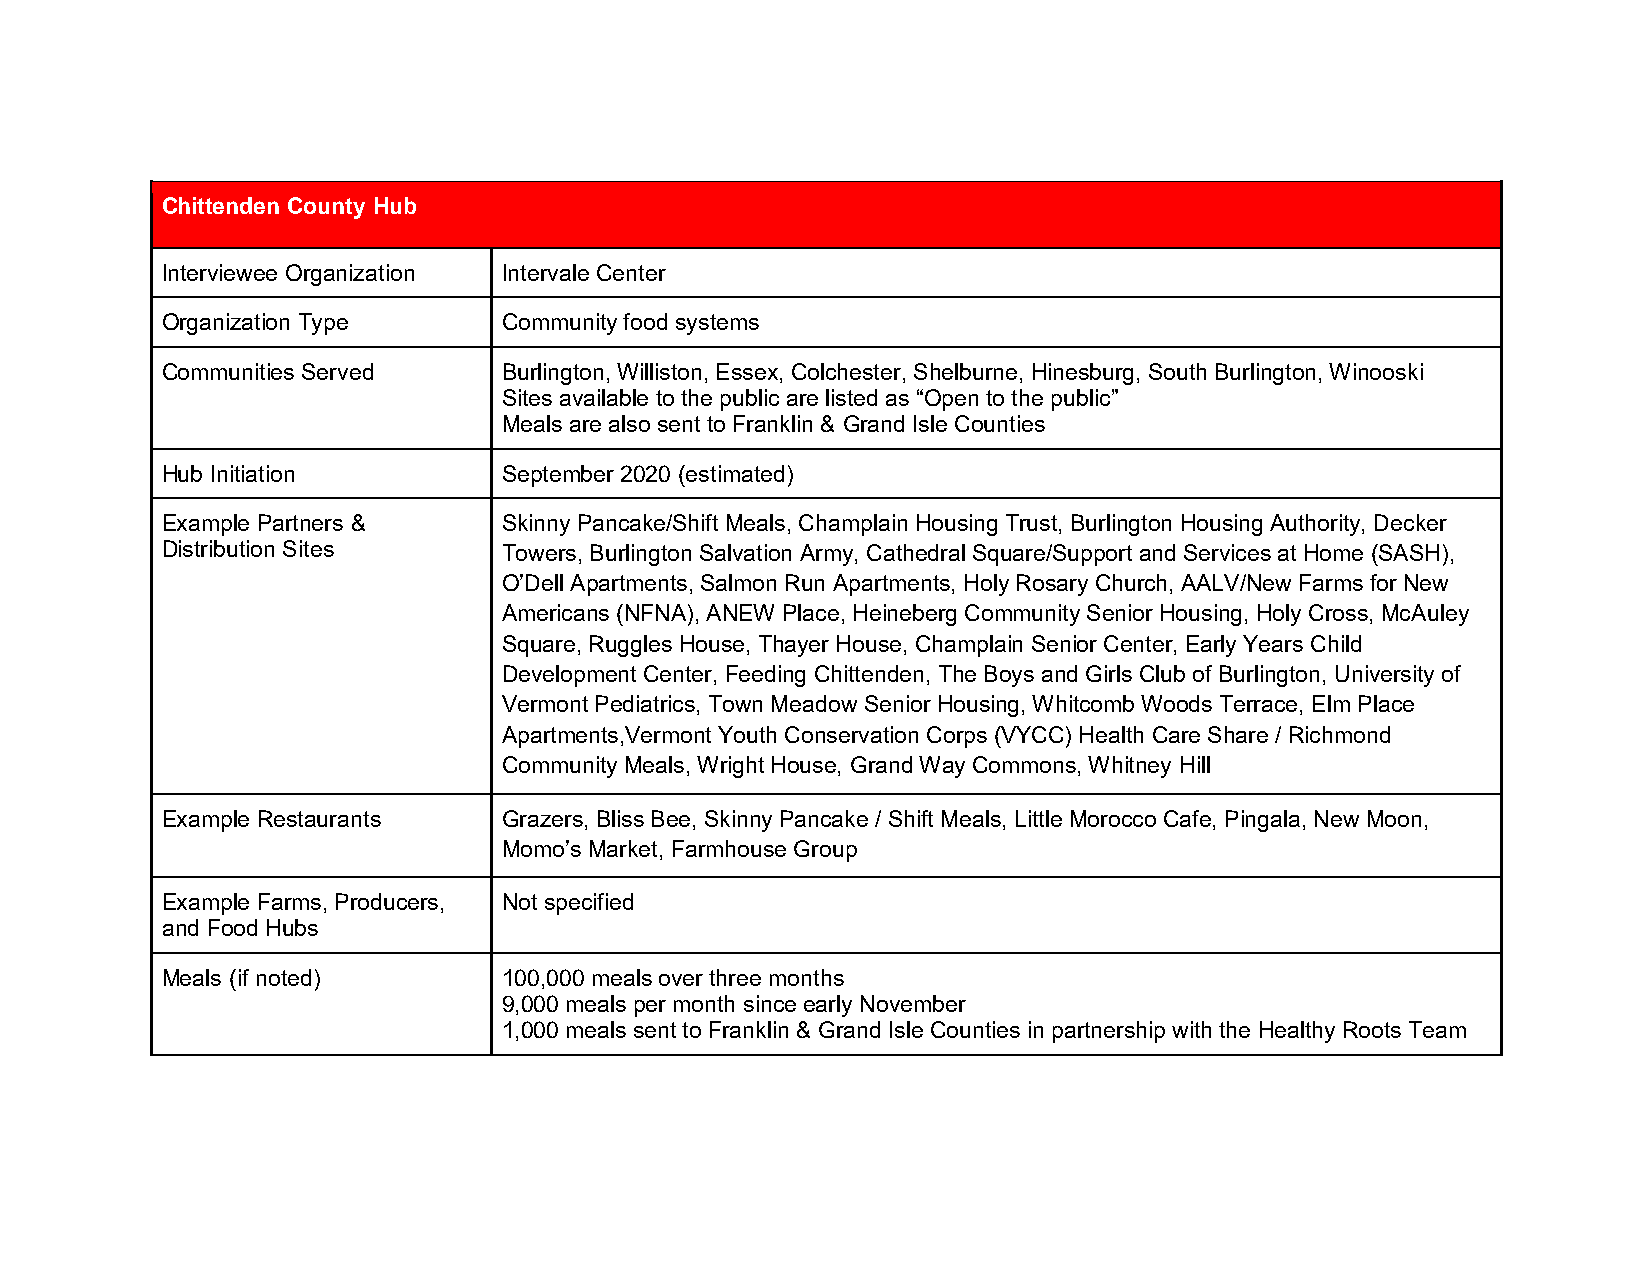
Chittenden County Hub
 Interviewee Organization Intervale Center
 Organization Type     Community food systems
 Communities Served    Burlington, Williston, Essex, Colchester, Shelburne, Hinesburg, South Burlington, Winooski
 Sites available to the public are listed as “Open to the public”
 Meals are also sent to Franklin & Grand Isle Counties
 Hub Initiation        September 2020 (estimated)
 Example Partners &    Skinny Pancake/Shift Meals, Champlain Housing Trust, Burlington Housing Authority, Decker
 Distribution Sites    Towers, Burlington Salvation Army, Cathedral Square/Support and Services at Home (SASH),
 O’Dell Apartments, Salmon Run Apartments, Holy Rosary Church, AALV/New Farms for New
 Americans (NFNA), ANEW Place, Heineberg Community Senior Housing, Holy Cross, McAuley
 Square, Ruggles House, Thayer House, Champlain Senior Center, Early Years Child
 Development Center, Feeding Chittenden, The Boys and Girls Club of Burlington, University of
 Vermont Pediatrics, Town Meadow Senior Housing, Whitcomb Woods Terrace, Elm Place
 Apartments,Vermont Youth Conservation Corps (VYCC) Health Care Share / Richmond
 Community Meals, Wright House, Grand Way Commons, Whitney Hill
 Example Restaurants   Grazers, Bliss Bee, Skinny Pancake / Shift Meals, Little Morocco Cafe, Pingala, New Moon,
 Momo’s Market, Farmhouse Group
 Example Farms, Producers, Not specified
 and Food Hubs
 Meals (if noted)      100,000 meals over three months
 9,000 meals per month since early November
 1,000 meals sent to Franklin & Grand Isle Counties in partnership with the Healthy Roots Team